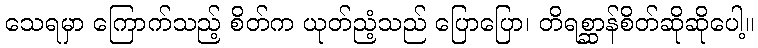
သေရမှာ ကြောက်သည့် စိတ်က ယုတ်ညံ့သည် ပြောပြော၊ တိရစ္ဆာန်စိတ်ဆိုဆိုပေါ့။